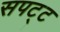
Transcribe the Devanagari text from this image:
सपट्ट